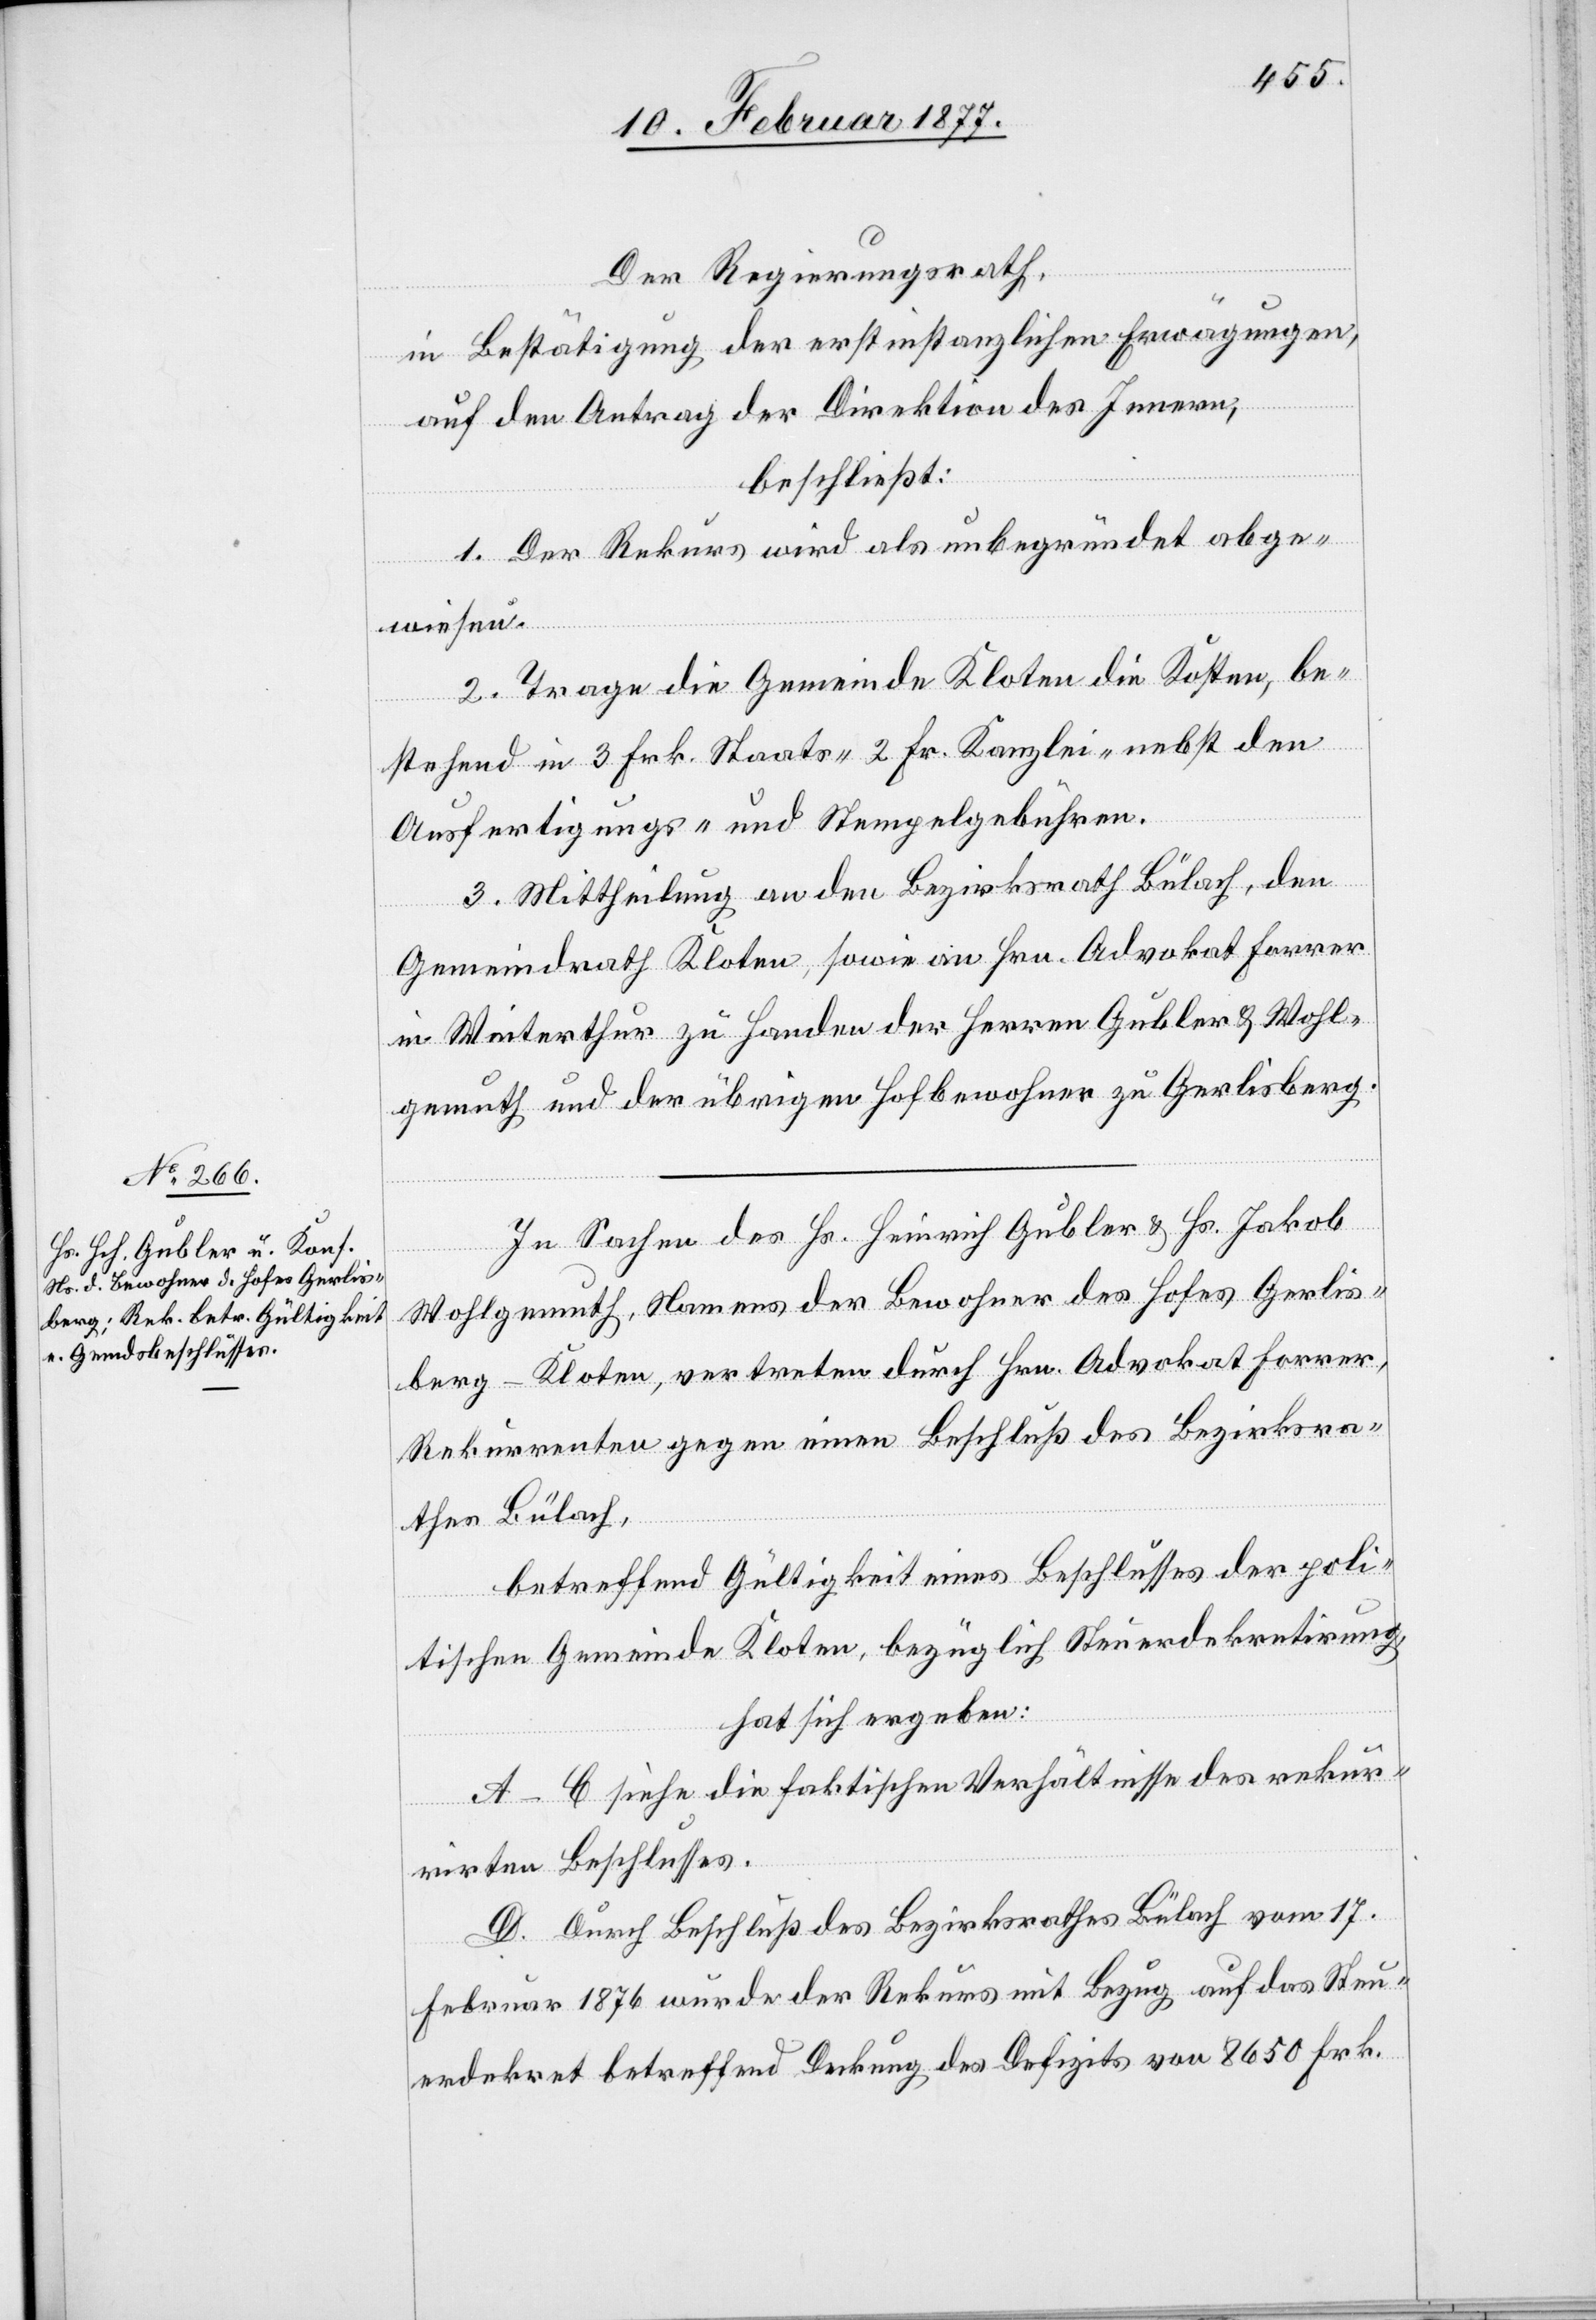
Der Regierungsrath,
in Bestätigung der erstinstanzlichen Erwägungen,
auf den Antrag der Direktion des Innern,
beschließt:
1. Der Rekurs wird als unbegründet abge¬
wiesen.
2. Trage die Gemeinde Kloten die Kosten, be¬
stehend in 3 Frk. Staats-[,] 2 Fr. Kanzlei- nebst den
Ausfertigungs- und Stempelgebühren.
3. Mittheilung an den Bezirksrath Bülach, den
Gemeindrath Kloten, sowie an Hrn. Advokat Forrer
in Winterthur zu Handen der Herren Gubler & Wohl¬
gemuth und den übrigen Hofbewohner zu Gerlisberg.